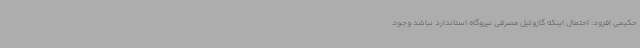
حکیمی افزود: احتمال اینکه گازوئیل مصرفی نیروگاه استاندارد نباشد وجود